Source: Handwritten
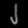
Digit: ၂ (2)